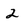
Character: 2